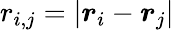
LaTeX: r_{i,j}=|\boldsymbol{r}_{i}-\boldsymbol{r}_{j}|